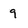
Character: 9